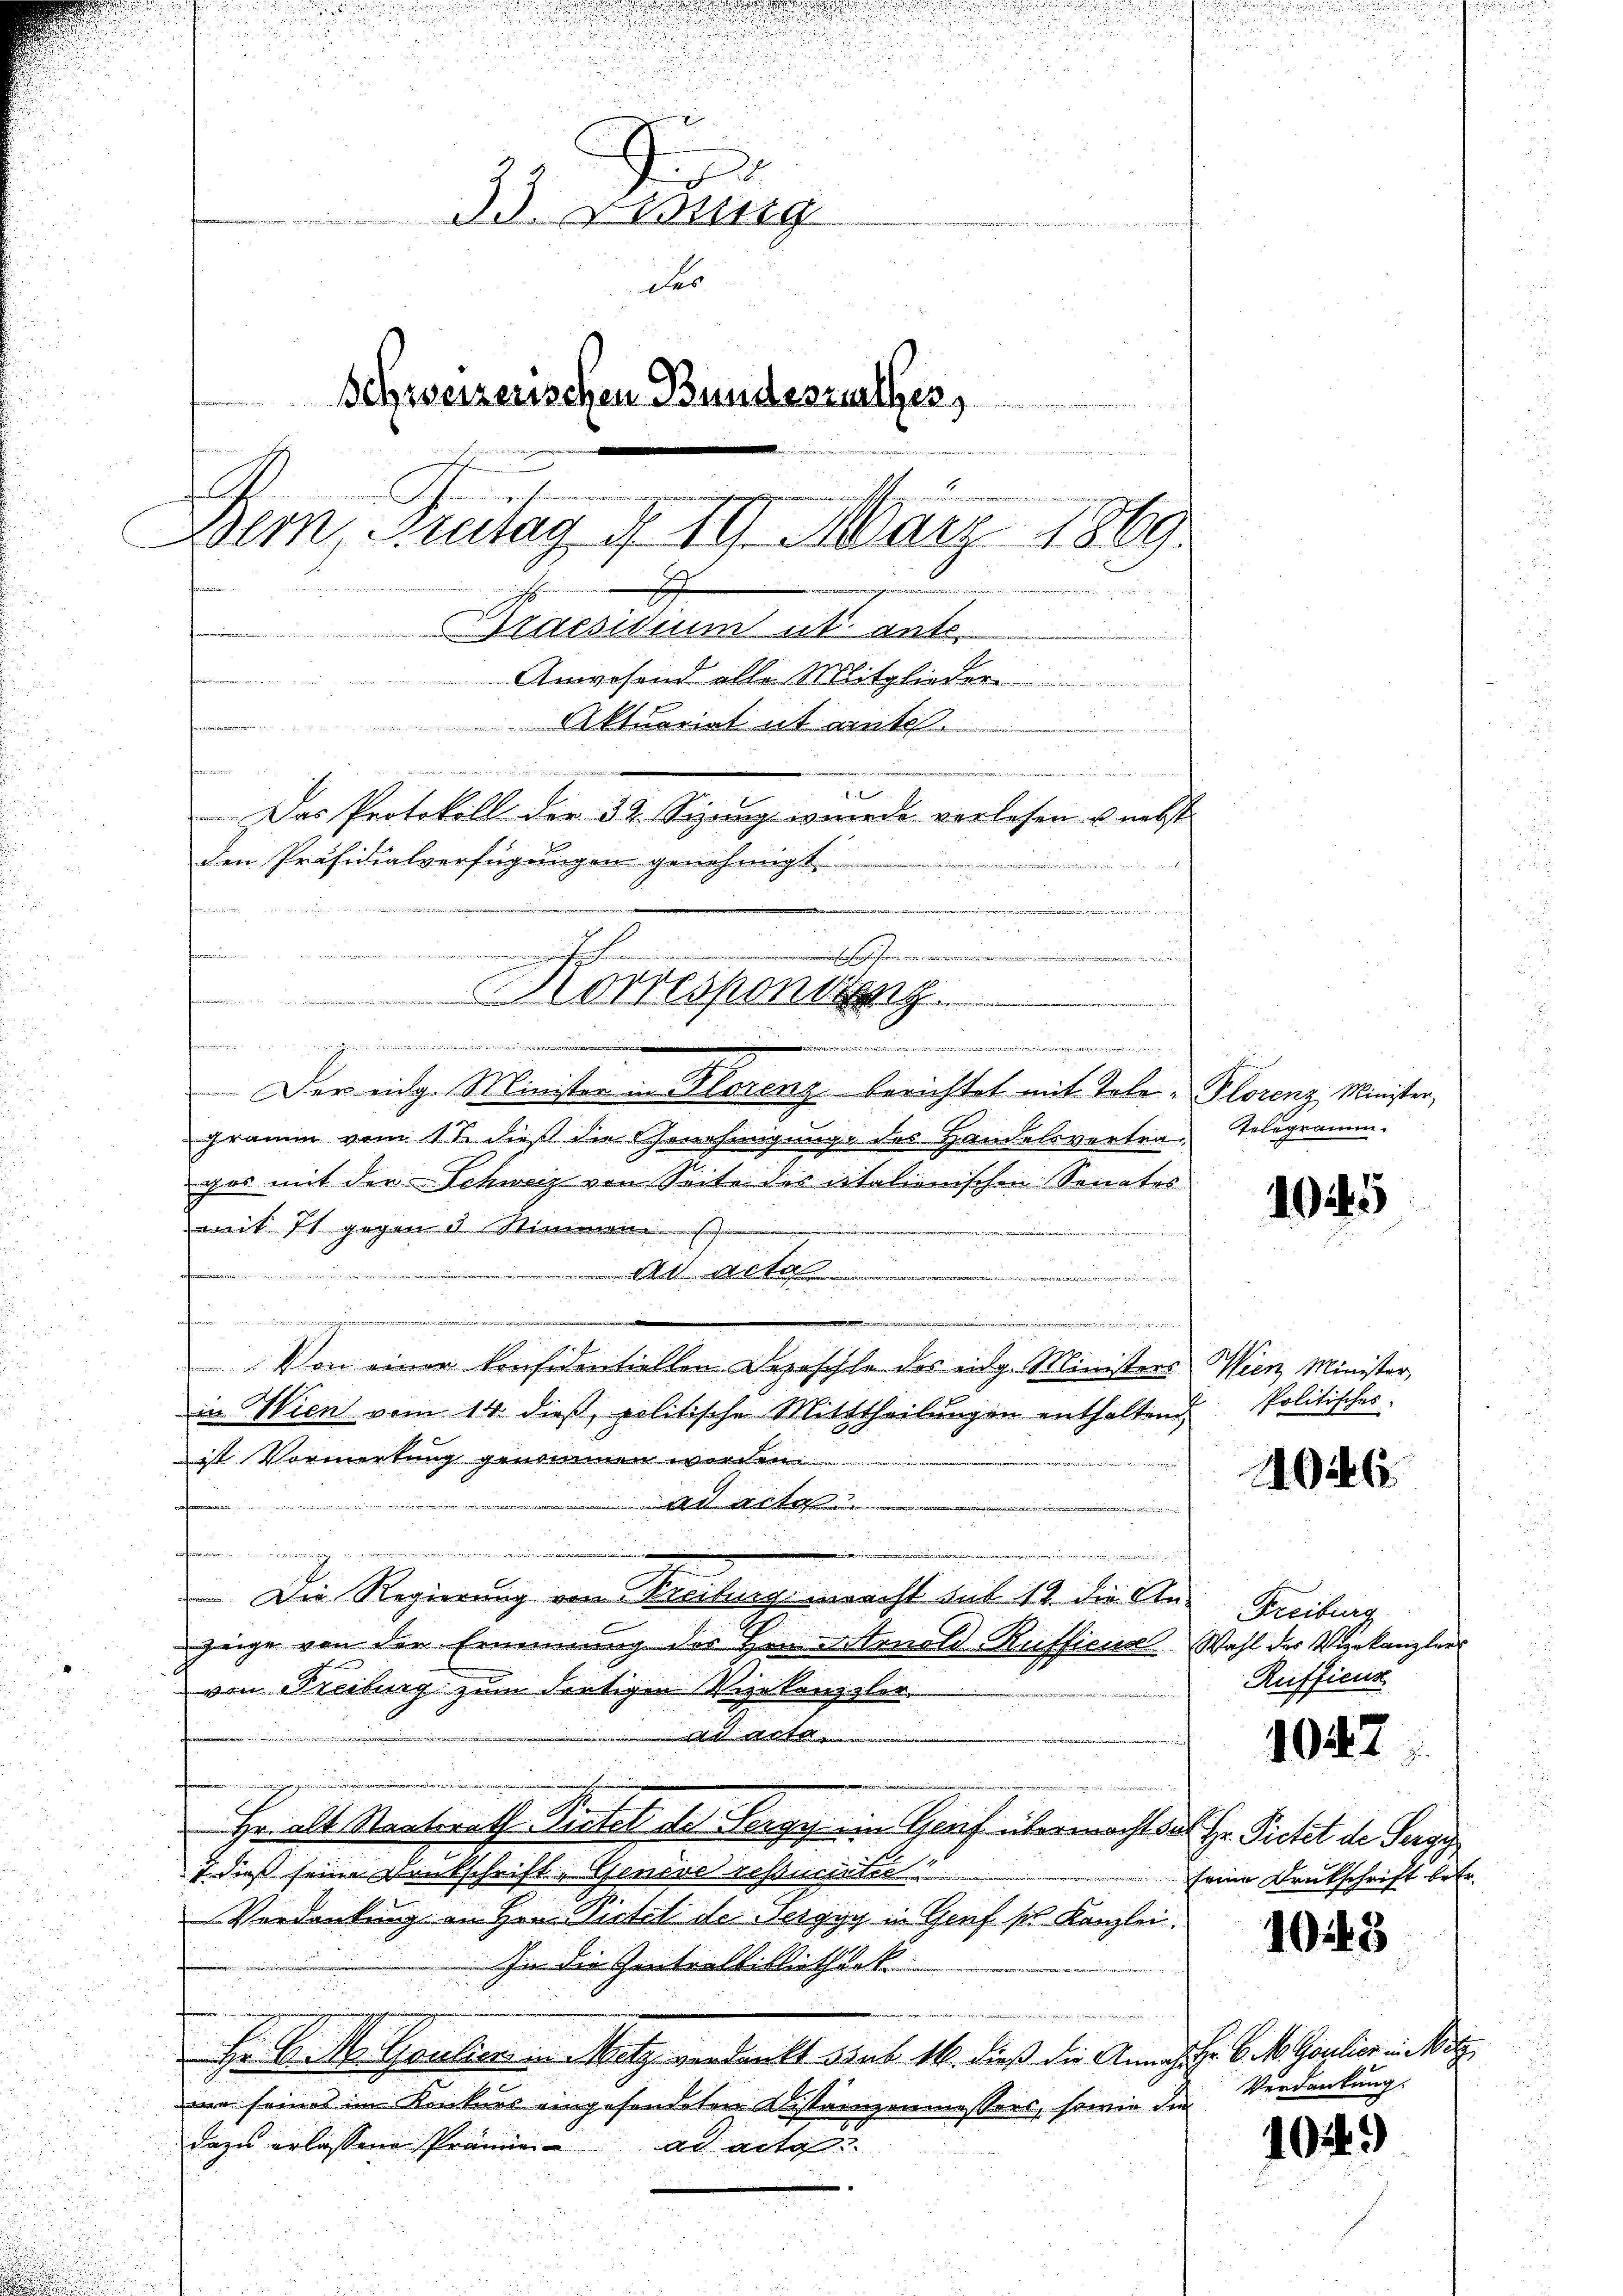
.
33. Zung
des
Schweizerischen Bundesrathes,
.

e
Dem Antag d. 19. März 1869.

u
r
Braesidium ut. Anto
Form
Anwesend alle Mitglieder
Aktuariat ut aute
i
  es wird der in gegen an ein
.
Das Protokoll der 32. Sizung wurde verlesen u. nebst
den Präsidialverfügungen genehmigt.

¬

i
Der eidg. Minister in Plorenz berichtet mit Tote-Plorenz Minister,
gramm vom 11. dieß die Genehmigunge des Handelsvertrages mit der Schweiz von Seite des italienischen Senates
mit 11 gegen 1 Stimme
Ad Acte
.
ofernen
n
Von einer konfidentiellen Depeschle des eidg. Ministers Wien Minister,
in Wien vom 14. dieß, politische Mitttheilungen enthaltend
ist Vormerkung genommen werden.
n Art.
ofanen
e
....
 Die Regierung von Freibung eracht sub 12. die An
zeige von der Ernennung der Herrentonald-Rufficus Wahl des Vizekanzlers
von Freiburg zum dortigen Vizekanzler
i

Hr. alt Staatsrath Bittel de Sergy ein Greif übermacht der Hr. Pietet de Sorge
7 dieß seine Denkschrift, Geneve resserinter
Verdankung an Hrn. Sichel de Verggy in Genf sn. Kanzlei.
In die Zentralbibliotheck

Hr. C. M. Gaulier in Metz verdankt sub. 14. dieß die Annaher 6. M. Goulier in Bet
me seines im Konkurs eingesendeten Distanzenmessers, sowie die
dazu erlassene Prämien ad acto

wein sagter höheren wenn er
 Korrespontag

g
e

Telegramm.

1045

Politisches.

1926

Freiburg
Ruffiend

1047

seine Druckschrift betr.

1048

Verdankung.

.